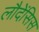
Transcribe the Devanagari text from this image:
लौदेंसिस